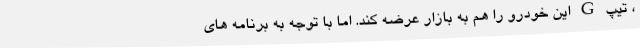
، تیپ G این خودرو را هم به بازار عرضه کند. اما با توجه به برنامه های